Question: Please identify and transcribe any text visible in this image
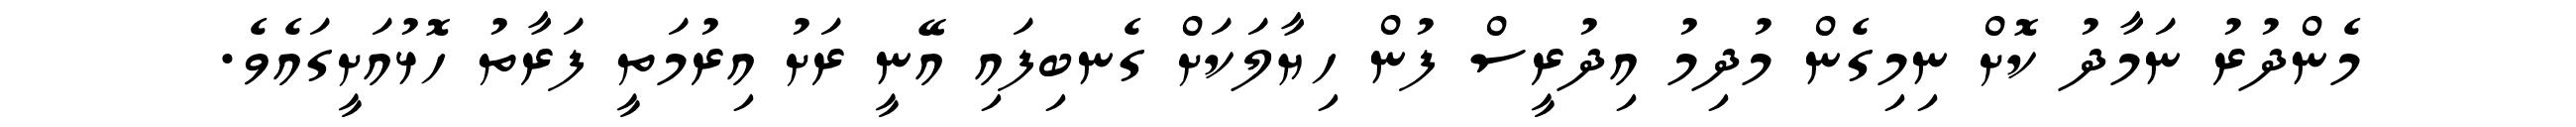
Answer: މެންދުރު ނަމާދު ކޮށް ނިމިގެން މުދިމު އިދުރީސް ފުން ހިޔާލަކަށް ގެނބިފައި އޭނީ ރަށު އިރުމަތީ ފަރާތު ހޮޅުއަށީގައެވެ.